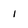
Character: 1